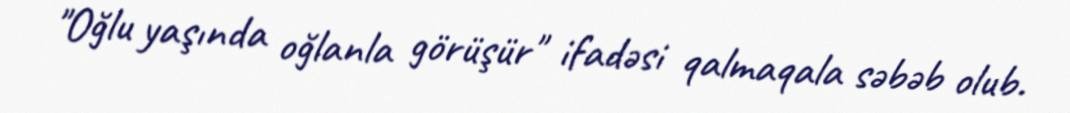
"Oğlu yaşında oğlanla görüşür" ifadəsi qalmaqala səbəb olub.